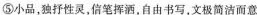
⑤小品，独抒性灵，信笔挥洒，自由书写，文极简洁而意